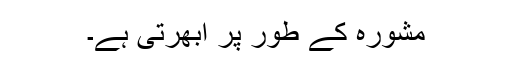
مشورہ کے طور پر ابھرتی ہے۔